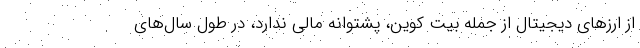
از ارزهای دیجیتال از جمله بیت کوین، پشتوانه مالی ندارد، در طول سال‌های